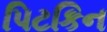
પિટકિન